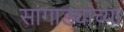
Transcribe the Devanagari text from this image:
सांगाड्यांच्या